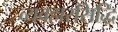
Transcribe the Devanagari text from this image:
व्यवहारसिद्धि